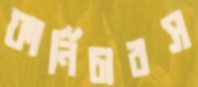
ফার্নিচারস